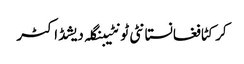
کرکٹافغانستانٹی ٹونٹیبنگلہ دیشڈاکٹر